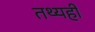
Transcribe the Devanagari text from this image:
तथ्यही